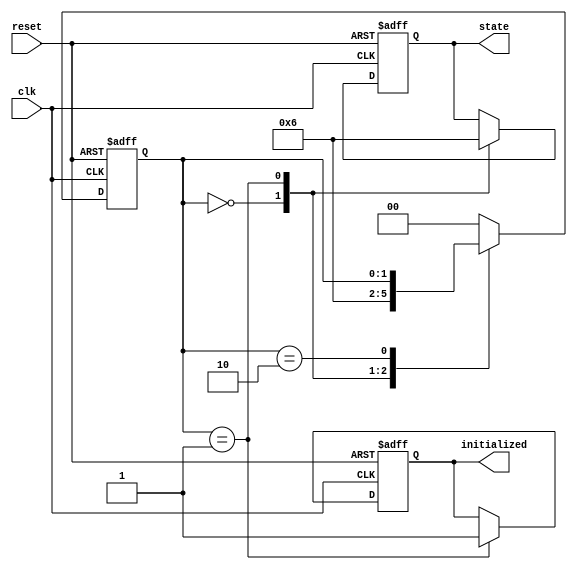
module ClockCycleInitialization (
    input wire clk,          // Clock signal
    input wire reset,        // Asynchronous reset signal
    output reg initialized,  // Initialization completed signal
    output reg [1:0] state   // Current state of the system
);

    // State encoding
    localparam IDLE         = 2'b00;
    localparam INITIALIZING = 2'b01;
    localparam READY        = 2'b10;

    // Internal state variable
    reg [1:0] current_state;

    // Always block for state transition and initialization logic
    always @(posedge clk or posedge reset) begin
        if (reset) begin
            // Asynchronous reset
            current_state <= IDLE;
            initialized <= 1'b0;
            state <= IDLE;
        end else begin
            // State transition
            case (current_state)
                IDLE: begin
                    // Transition to INITIALIZING state
                    current_state <= INITIALIZING;
                    state <= INITIALIZING;
                end
                
                INITIALIZING: begin
                    // Perform initialization logic
                    // (You can add specific initialization routines here)
                    
                    // Once initialization is complete
                    current_state <= READY;
                    initialized <= 1'b1;
                    state <= READY;
                end
                
                READY: begin
                    // Remain in READY state
                    // (Normal operation can be handled here)
                    // For simplicity, we stay in READY
                end
                
                default: begin
                    // Handle unexpected states
                    current_state <= IDLE;
                end
            endcase
        end
    end

endmodule